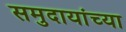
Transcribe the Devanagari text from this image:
समुदायांच्या